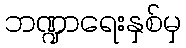
ဘဏ္ဍာရေးနှစ်မှ